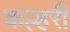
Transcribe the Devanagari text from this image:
कल्हरी